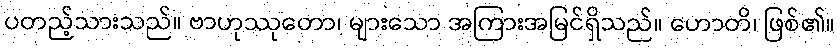
ပတည့်သားသည်။ ဗာဟုဿုတော၊ များသော အကြားအမြင်ရှိသည်။ ဟောတိ၊ ဖြစ်၏။